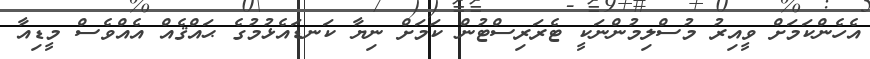
އެހެންކަމަށް ވީއިރު މުސްލިމުންނަކީ ޓެރަރިސްޓުން ކަމަށް ނިޔާ ކަނޑައެޅުމުގެ ޙައްޤެއް އެއްވެސް މީޑިއާ